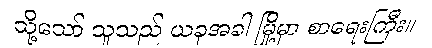
သို့သော် သူသည် ယခုအခါ မြို့မှာ စာရေးကြီး။